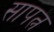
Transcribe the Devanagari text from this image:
सापत्न